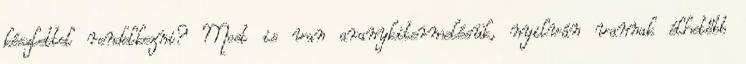
készlettel rendelkezni? Most is van aranykitermelésük, nyilván vannak élhetőbb